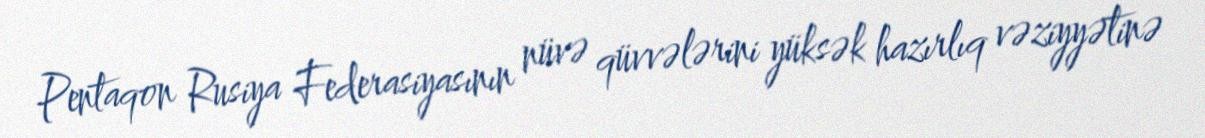
Pentaqon Rusiya Federasiyasının nüvə qüvvələrini yüksək hazırlıq vəziyyətinə